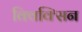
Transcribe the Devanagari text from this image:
क्विक्सिन